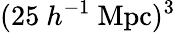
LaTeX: (25\ h^{-1}\ \mathrm{Mpc})^{3}